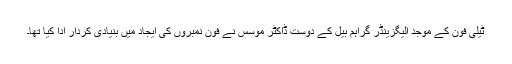
ٹیلی فون کے موجد الیگزینڈر گراہم بیل کے دوست ڈاکٹر موسس نے فون نمبروں کی ایجاد میں بنیادی کردار ادا کیا تھا۔